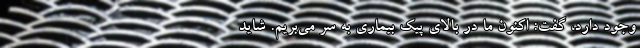
وجود دارد، گفت: اکنون ما در بالای پیک بیماری به سر می‌بریم. شاید